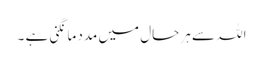
اللہ سے ہر حال میں مدد مانگنی ہے ۔